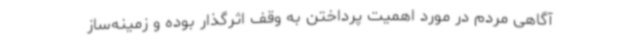
آگاهی‌ مردم در مورد اهمیت پرداختن به وقف اثرگذار بوده و زمینه‌ساز